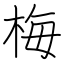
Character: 梅